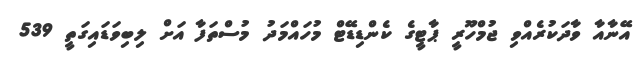
އޭނާއާ ވާދަކުރެއްވި ޖުމްހޫރީ ޕާޓީގެ ކެންޑިޑޭޓް މުހައްމަދު މުސްތަފާ އަށް ލިބިވަޑައިގަތީ 539